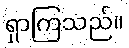
ရှာကြသည်။